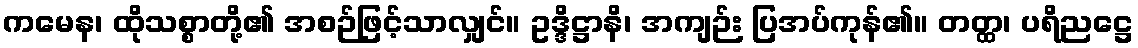
ကမေန၊ ထိုသစ္စာတို့၏ အစဉ်ဖြင့်သာလျှင်။ ဥဒ္ဒိဋ္ဌာနိ၊ အကျဉ်း ပြအပ်ကုန်၏။ တတ္ထ၊ ပရိညဋ္ဌေ